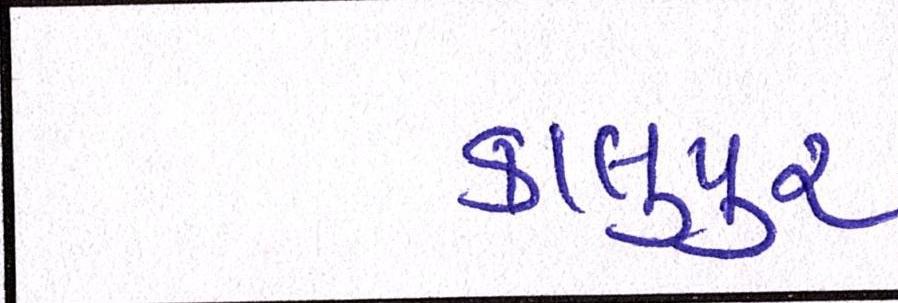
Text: કાલુપુર